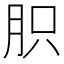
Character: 胑